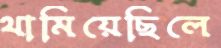
থামিয়েছিলে